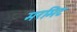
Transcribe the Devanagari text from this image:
मरमिट